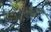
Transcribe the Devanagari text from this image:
त्रंबकपंत